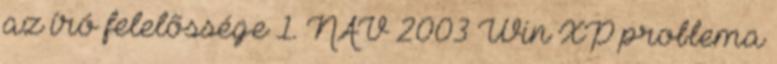
az író felelõssége 1. NAV 2003 Win XP problema